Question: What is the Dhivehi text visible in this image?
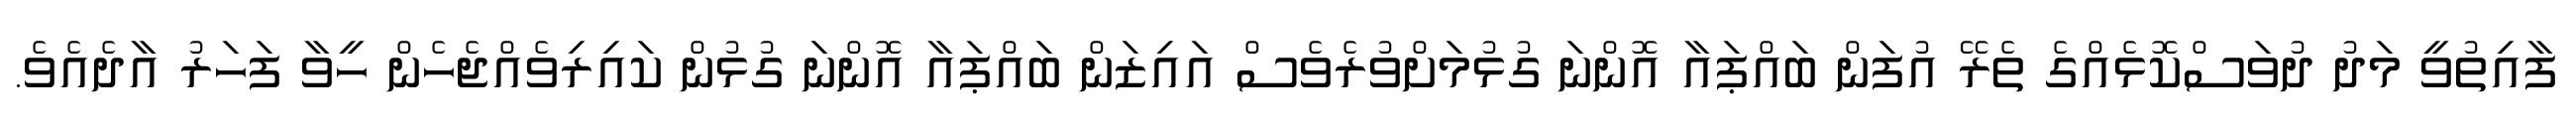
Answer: ފާއިތުވީ މަދު ދުވަސްކޮޅެއްގެ ތެރޭ އުފަން ބައްޕައާ އޮންނަ ގުޅުމަށްވުރެވެސް އައިޒަން ބައްޕައާ އޮންނަ ގުޅުން ކައިރިވެއްޖެހެން ހީވާ ފަހަރު އާދެއެވެ.